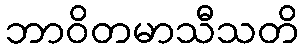
ဘာဝိတမာသီသတိ